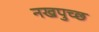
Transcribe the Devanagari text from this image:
नखपुच्छ